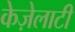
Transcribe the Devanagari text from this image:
केज़ेलाटी